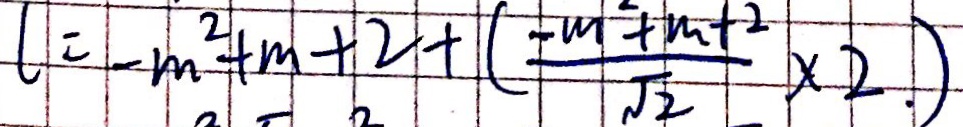
l = - m ^ { 2 } + m + 2 + ( \frac { - m ^ { 2 } + m + 2 } { \sqrt { 2 } } \times 2 . )